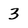
Character: 3